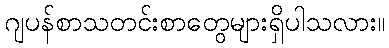
ဂျပန်စာသတင်းစာတွေများရှိပါသလား။